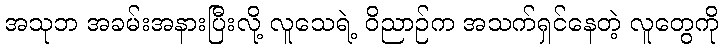
အသုဘ အခမ်းအနားပြီးလို့ လူသေရဲ့ ဝိညာဉ်က အသက်ရှင်နေတဲ့ လူတွေကို